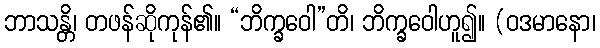
ဘာသန္တိ၊ တဖန်ဆိုကုန်၏။ “ဘိက္ခဝေါ”တိ၊ ဘိက္ခဝေါဟူ၍။ (ဝဒမာနော၊